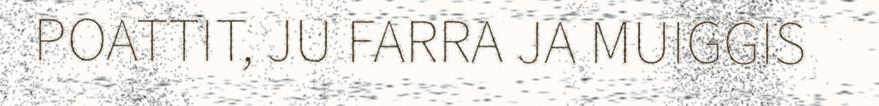
POATTIT, JU FARRA JA MUIGGIS